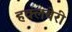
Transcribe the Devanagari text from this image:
हक्लबेरी